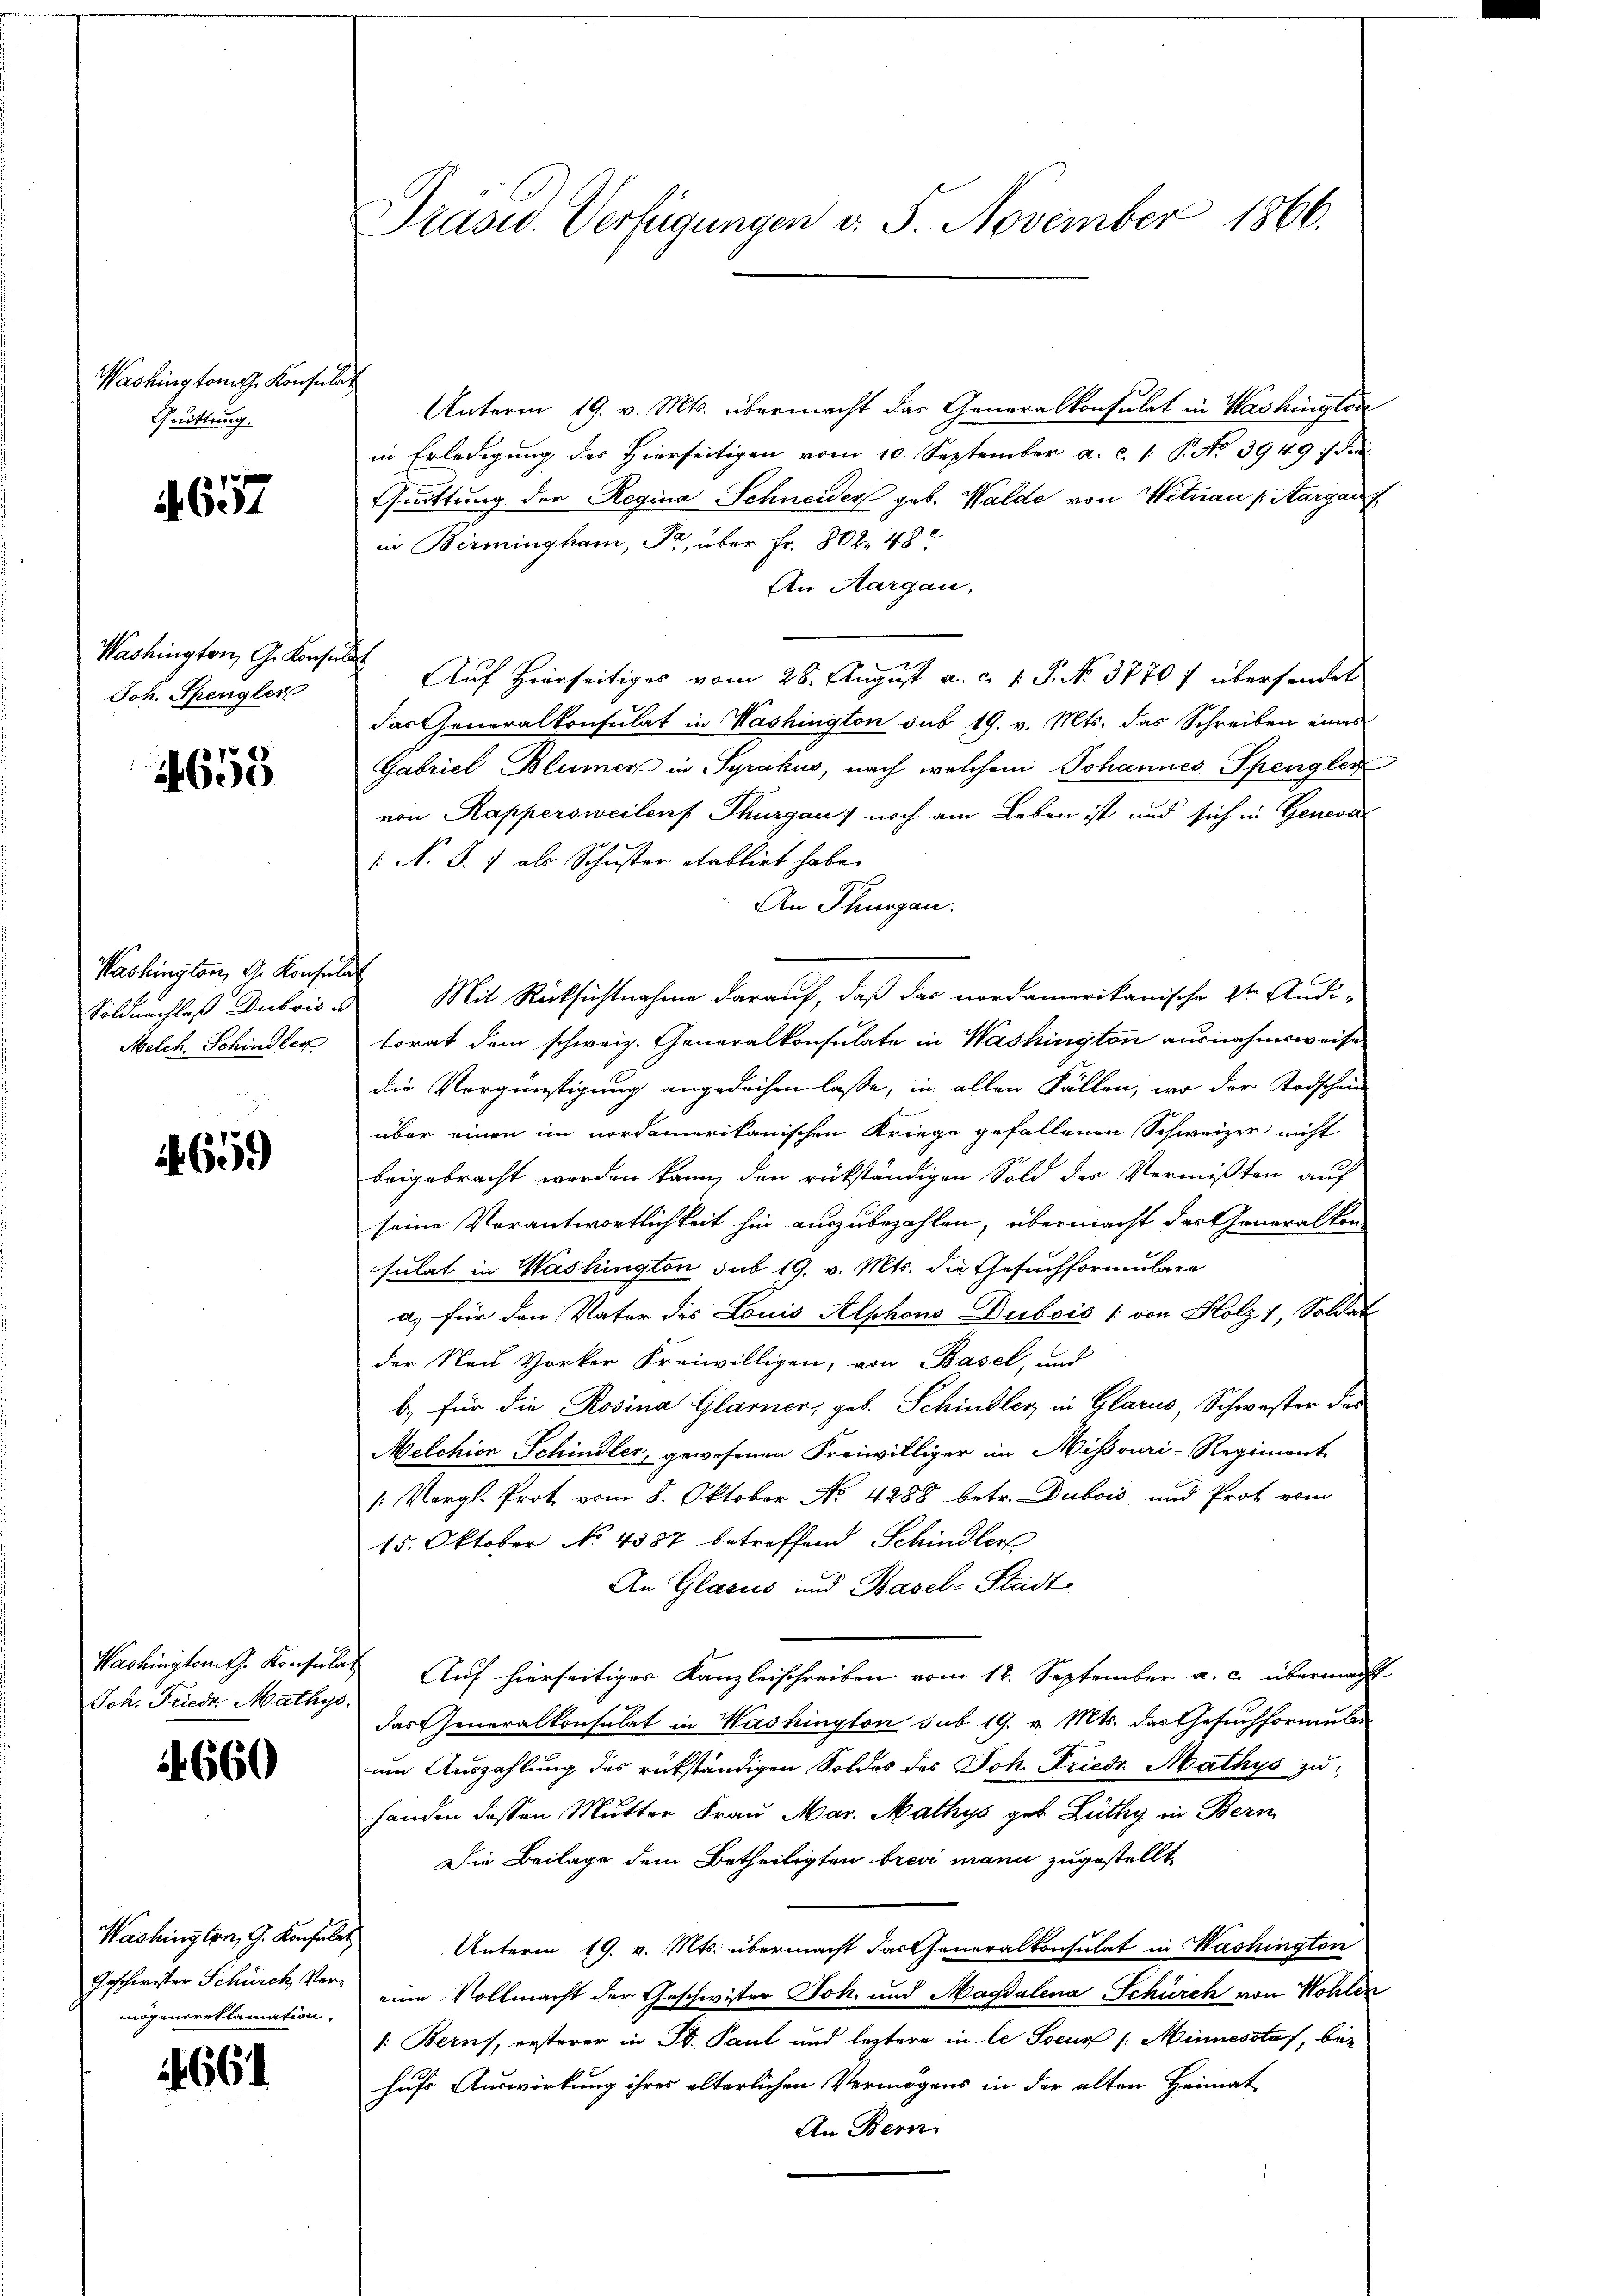
Washingtomth Konsen
Quittung.

4657

Washington J. Konsuls
Joh. Spengler

4653

Washington, d. Konsulat
Melch. Schindler

659

Joh. Friede Mathys

660

Washington, G. Konsulat
Geschwister Schürch, Vermögensreklamation.

1661

Unterm 19. v. Mts. übermacht das Generalkonsulat in Washinglin
in Erledigung des hierseitigen vom 10. September a. c. 1. P. No 3949 :/ di
Guittung der Regina Schneider geb. Walde von Wetnau (Aargart
in Birmingham, Fr. über Fr. 802. 48
An Aargau,
Auf Hierseitiges vom 28. August a. c. 1. P. No. 37767 übersendet
das Generalkonsulat in Mashington sub 19. v. Mts. das Schreiben eines
Gabriel Blümer in Syrakus, nach welchem Johannes Spengler
von Rappersweilen Thurgau) noch am Leben ist und sich in Genera
 N. S. 7 als Schuster etabliet habe.
An Thurgau.
Soldnachlaß Dubois u Mit Rücksichtnahme darauf, daß das nordamerikanische 2ten Audi-
torat dem schweiz. Generalkonsulate in Washington ausnahmsweise
die Vergünstigung angedeihen laße, in allen Fällen, wo der Todschein
über einen im nordamerikanischen Kriege gefallenen Schweizer nicht
beigebracht worden kann, den rückständigen Sold des Vermißten auf
seine Verantwortlichkeit hin auszubezahlen, übermacht das Generalkonsulat in Washington sub 19. v. Mts. die Gesuchformulare
a) für den Vater des Louis Alphons Dubois [von Holz 1, Soldat
der Nau Vorker Freiwilligen, von Basel, und
b) für die Rosina Glarner, geb. Schindler in Glarus, Schwester das
Melchion Schindler, gewesenen Freiwilliger im Missouri-Regiment
: Vergl. Prot vom 8. Oktober No. 4288 betr. Dubois und Prof vom
15. Oktober No 4387 betreffend Schindler
An Glasus und Basel-Stadt
Washingtamt Konsiles Auf hierseitiger Kanzleischreiben vom 12. September a. c. übermacht
das Generalkonsulat in Washington sub 19. v. Mts. das Gesuchformul
um Auszahlung des rükständigen Soldes des Joh. Friedr. Mathys zu
handen dessen Mutter Frau Mar. Mathys geb. Lüthy in Bern
Die Beilage dem Betheiligten brevi mann zugestellt
Unterm 19. v. Mts. übermacht das Generalkonsulat in Washington
eine Vollmacht der Geschwister Joh. und Magdalena Schürch von Wohlen
1: Berns, ersterer in B. Paul und leztere in le Socur /:Minnesstat, bei
hufs Auswirkung ihres alterlichen Vermögens in der alten Heimat
An Bern

Präsid.. Verfügungen v. 5. November 1866.

uch